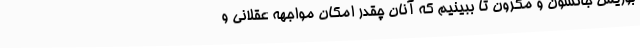
بوریس جانسون و مکرون تا ببینیم که آنان چقدر امکان مواجهه عقلانی و